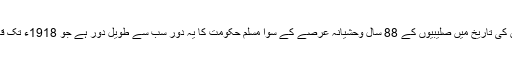
فلسطین کی تاریخ میں صلیبیوں کے 88 سال وحشیانہ عرصے کے سوا مسلم حکومت کا یہ دور سب سے طویل دور ہے جو 1918ء تک قائم رہا۔